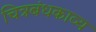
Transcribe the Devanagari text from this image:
चित्रबंधकाव्य